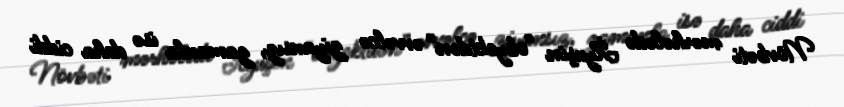
Növbəti mərhələdə İlyuşin “obyektdən” əvvəlcə ziyansız, zamanla isə daha ciddi